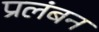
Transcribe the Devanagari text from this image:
प्रलंबन